Source: Handwritten
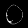
Digit: ၀ (0)